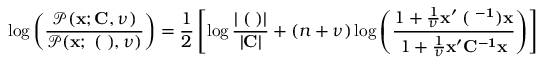
\log \left( \frac { \mathcal { P } ( { \bf x } ; { \bf C } , \nu ) } { \mathcal { P } ( { \bf x } ; { \bf \Xi } ( { \bf \Lambda } ) , \nu ) } \right) = \frac { 1 } { 2 } \left[ \log \frac { | { \bf \Xi } ( { \bf \Lambda } ) | } { | { \bf C } | } + ( n + \nu ) \log \left( \frac { 1 + \frac { 1 } { \nu } \bf { x } ^ { \prime } { \bf \Xi } ( { \bf \Lambda } ^ { - 1 } ) \bf { x } } { 1 + \frac { 1 } { \nu } \bf { x } ^ { \prime } \bf { C } ^ { - 1 } \bf { x } } \right) \right]